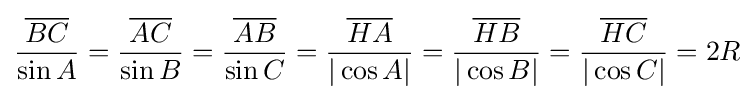
{\frac {\overline {BC}}{\sin A}}={\frac {\overline {AC}}{\sin B}}={\frac {\overline {AB}}{\sin C}}={\frac {\overline {HA}}{|\cos A|}}={\frac {\overline {HB}}{|\cos B|}}={\frac {\overline {HC}}{|\cos C|}}=2R